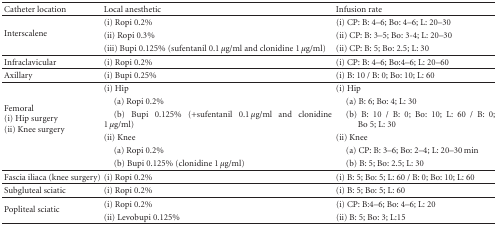
<table><thead><tr><td><b>Catheter location</b></td><td><b>Local anesthetic</b></td><td><b>Infusion rate</b></td></tr></thead><tbody><tr><td rowspan="3">Interscalene</td><td>(i) Ropi 0.2%</td><td>(i) CP: B: 4–6; Bo: 4–6; L: 20–30</td></tr><tr><td>(ii) Ropi 0.3%</td><td>(ii) CP: B: 3–5; Bo: 3-4; L: 20–30</td></tr><tr><td>(iii) Bupi 0.125% (sufentanil 0.1 <i>μ</i>g/ml and clonidine 1 <i>μ</i>g/ml)</td><td>(ii) CP: B: 5; Bo: 2.5; L: 30</td></tr><tr><td>Infraclavicular</td><td>(i) Ropi 0.2%</td><td>(i) CP: B: 4–6; Bo:4–6; L: 20–60</td></tr><tr><td>Axillary</td><td>(i) Bupi 0.25%</td><td>(i) B: 10 / B: 0; Bo: 10; L: 60</td></tr><tr><td rowspan="6">Femoral(i) Hip surgery(ii) Knee surgery</td><td>(i) Hip</td><td>(i) Hip</td></tr><tr><td> (a) Ropi 0.2%</td><td> (a) B: 6; Bo: 4; L: 30 </td></tr><tr><td> (b) Bupi 0.125% (+sufentanil 0.1 <i>μ</i>g/ml and clonidine 1 <i>μ</i>g/ml)</td><td> (b) B: 10 / B: 0; Bo: 10; L: 60 / B: 0;Bo 5; L: 30</td></tr><tr><td>(ii) Knee</td><td>(ii) Knee</td></tr><tr><td> (a) Ropi 0.2%</td><td> (a) CP: B: 3–6; Bo: 2–4; L: 20–30 min</td></tr><tr><td> (b) Bupi 0.125% (clonidine 1 <i>μ</i>g/ml)</td><td> (b) B: 5; Bo: 2.5; L: 30</td></tr><tr><td>Fascia iliaca (knee surgery)</td><td>(i) Ropi 0.2%</td><td>(i) B: 5; Bo: 5; L: 60 / B: 0; Bo: 10; L: 60</td></tr><tr><td>Subgluteal sciatic</td><td>(i) Ropi 0.2%</td><td>(i) B: 5; Bo: 5; L: 60</td></tr><tr><td rowspan="2">Popliteal sciatic</td><td>(i) Ropi 0.2%</td><td>(i) CP: B:4–6; Bo: 4–6; L: 20</td></tr><tr><td>(ii) Levobupi 0.125%</td><td>(ii) B: 5; Bo: 3; L:15</td></tr></tbody></table>